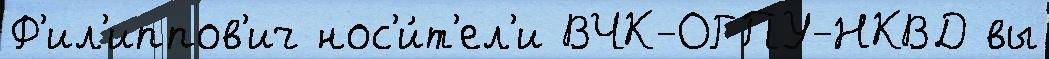
Ф'ил'иппов'ич нос'и́т'ел'и ВЧК-ОГПУ-НКВД вы